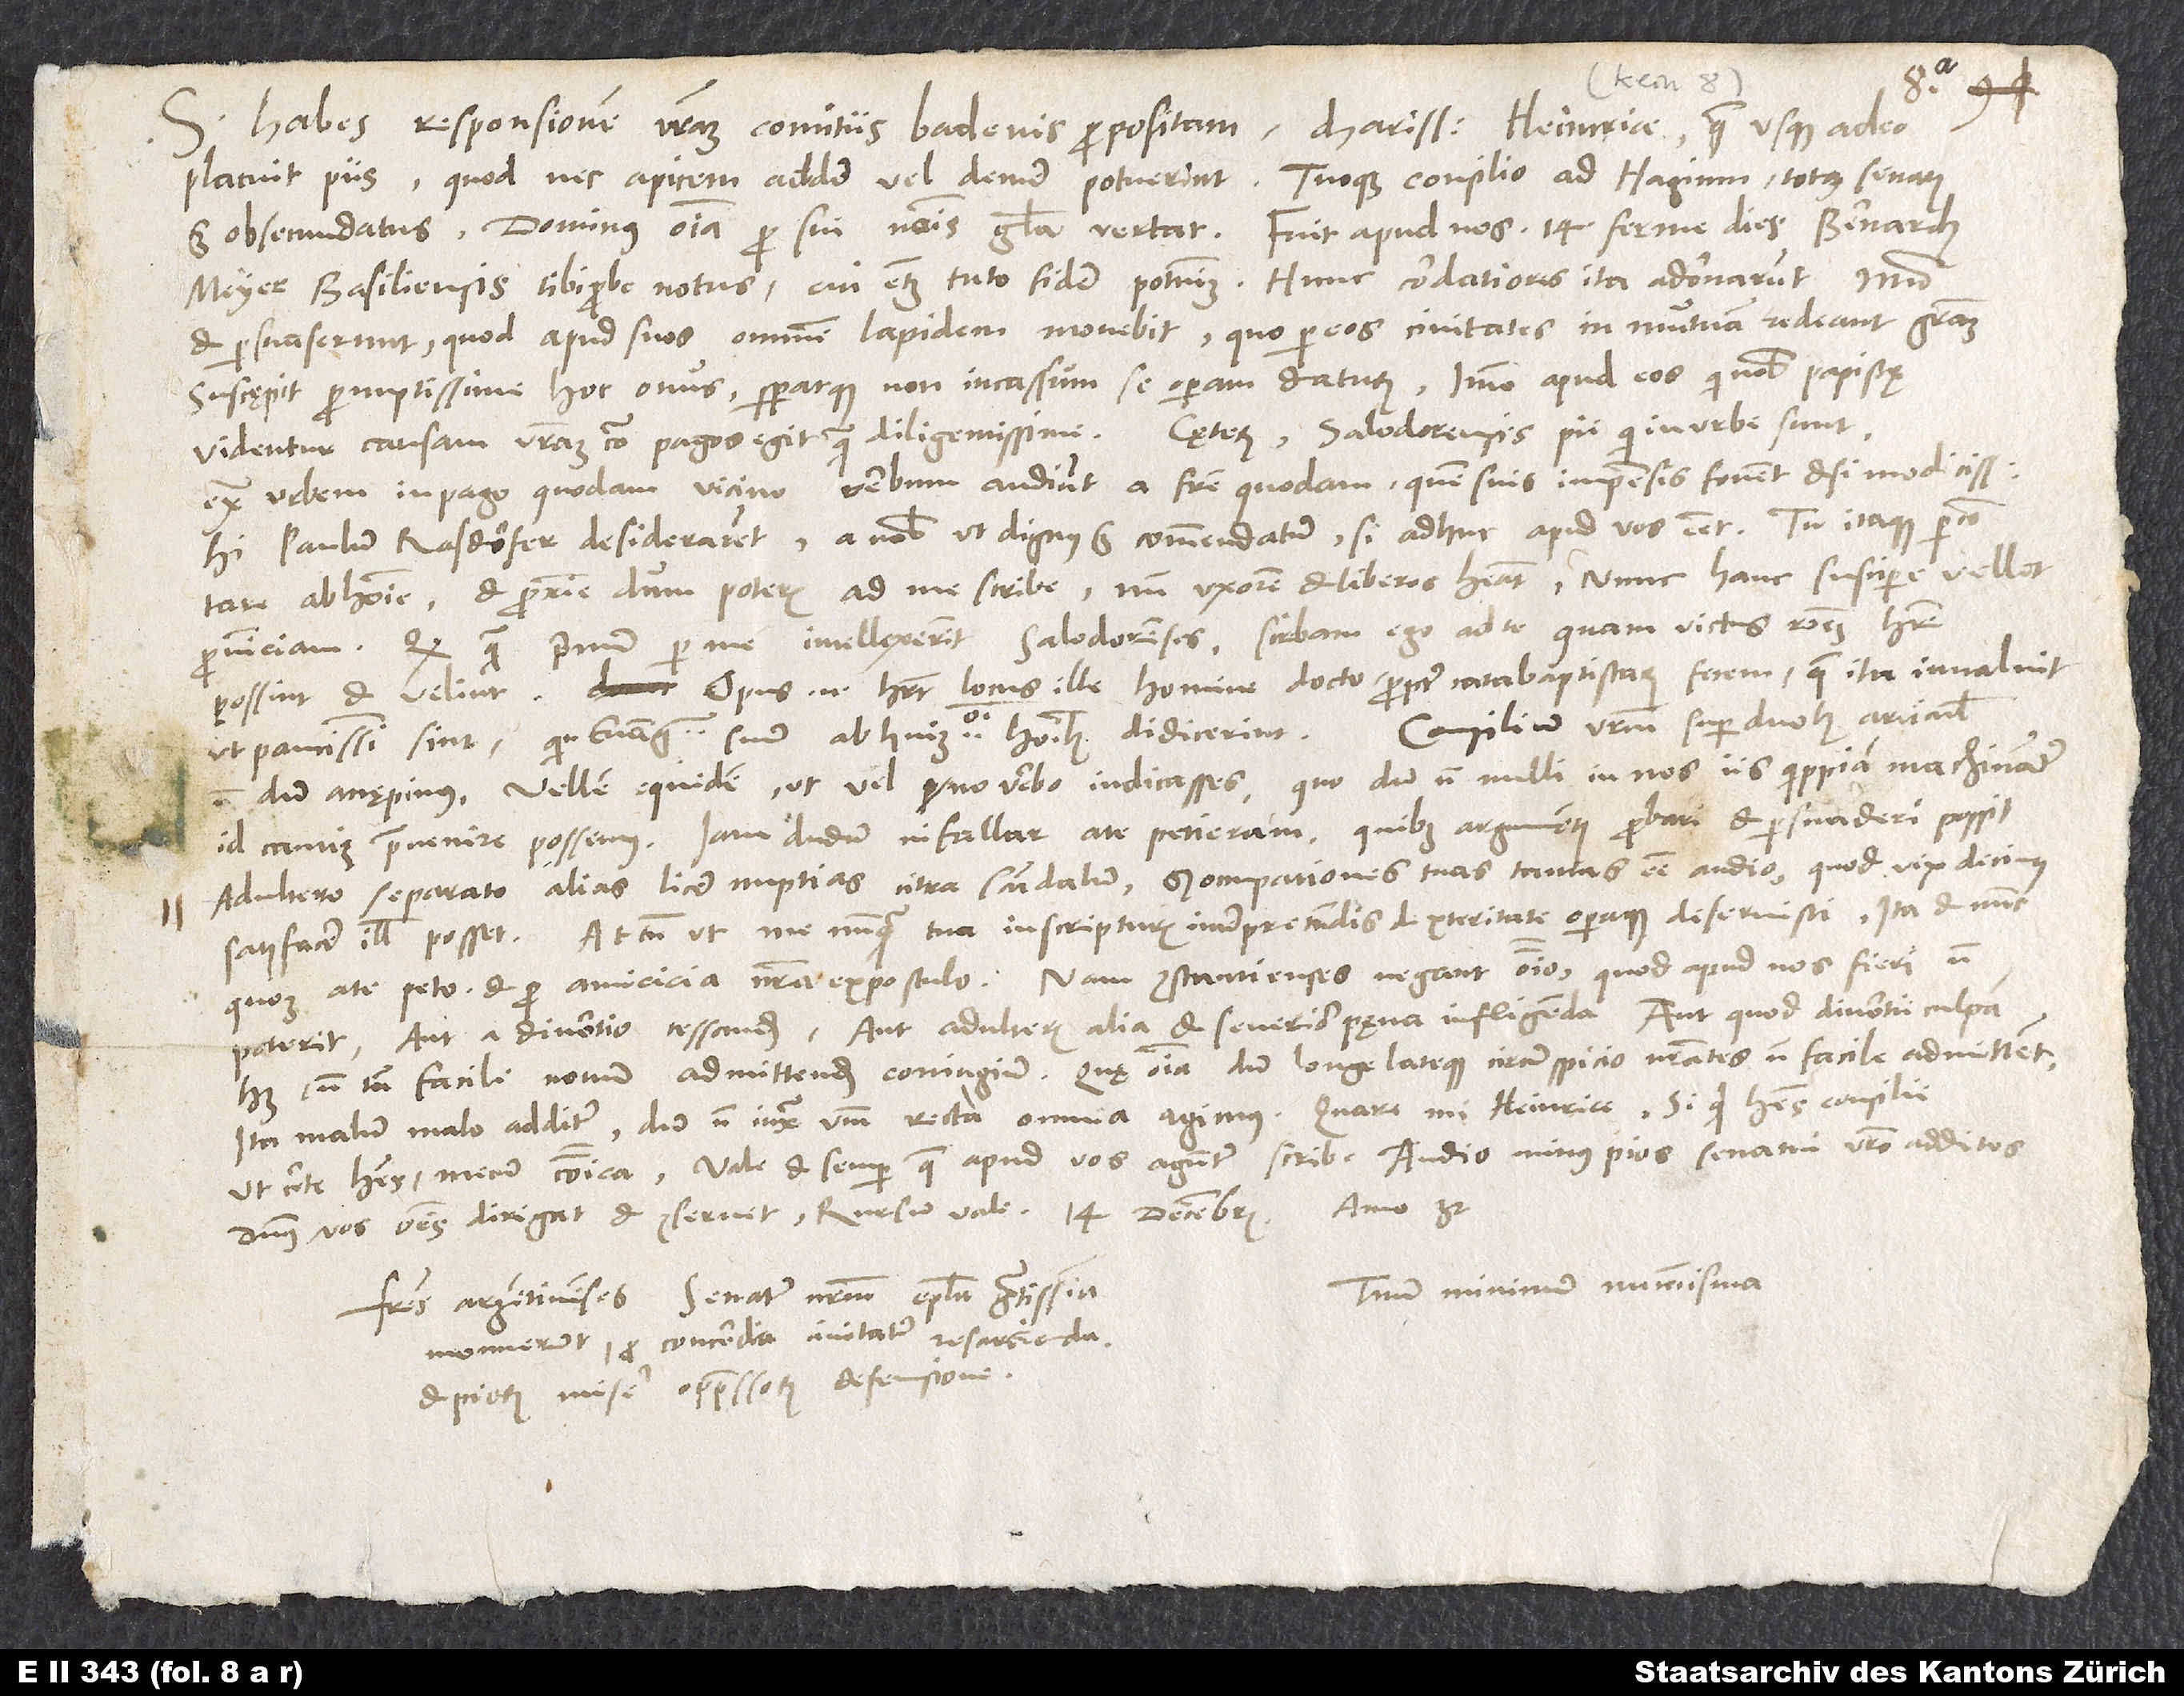
S. Habes responsionem vestram comitiis Badensis propositam, charissime Heimrice, quae usque adeo
placuit piis, quod nec apicem addere vel demere potuerint. Tuoque consilio ad Hagium totus senatus
Meyer Basiliensis, tibi probe notus, cui etiam tuto fidere potuimus. Hunc cordatiores ita adornarunt, immo
et persuaserunt, quod apud suos omnem lapidem movebit, quo per eos civitates in mutuam redeant gratiam.
Suscępit promptissime hoc onus speratque non in cassum se operam daturum. Immo apud eos, qui nobis papistę
extra urbem in pago quodam vicino verbum audiunt a fratre quodam, quem suis impensis fovent etsi modicissime.
Hi Paulum Rasdorfer desiderarent a nobis, ut dignus est, commendatum, si adhuc apud vos esset. Tu itaque percontare
ab homine et proxime, dum poteris, ad me scribe, num uxorem et liberos habeat, nunc hanc suscipere vellet
provinciam. Quod quam primum per me intellexerint Salodorenses, scribam ego ad te, quam victus rationem habere
possint et velint. Opus enim haberet locus ille homine docto propter catabaptistarum fecem, quae ita invaluit,
Consilium vestrum super duobus articulis
ut paucissimi sint, quin evangelium suum ab huiusmodi hominibus didicerint.
accępimus. Vellem equidem, ut vel uno verbo indicasses, quo dum nonnulli in nos iis quippiam machinantur,
id cautius praevenire possemus. Iam dudum, ni fallar, a te petieram, quibus argumentis probari et persuaderi possit
adultero separato alias licere nuptias citra scandalum. Sed occupationes tuas tantas esse audio, quod vix decimus
satisfacere illis posset. Attamen, ut me nunquam tua in scripturis interpretandis dexteritate operaque deseruisti, ita et nunc
quoque a te peto et pro amicicia nostra expostulo. Nam Constantienses negant omnino, quod apud nos fieri non
poterit aut a divortio cessandum aut adulteris alia et severior pęna infligenda aut, quod divortii culpam
habet, non tam facile novum admittendum coniugium. Quae omnia, dum longe lateque circumspicio, nostrates non facile admittent.
Ita malum malo additur, dum non iuxta verbum recta omnia agimus. Quare, mi Heinrice, si quid habes consilii,
Tuum minimum nummisma.
Fratres Argentinenses senatum nostrum epistola gratissima
monuerunt pro concordia civitatum resarcienda
et piorum misere oppressorum defensione.